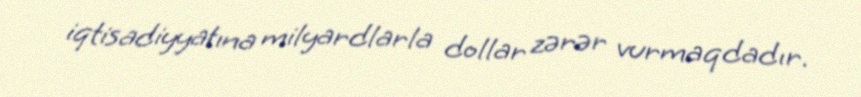
iqtisadiyyatına milyardlarla dollar zərər vurmaqdadır.